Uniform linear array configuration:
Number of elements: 16
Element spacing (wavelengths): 1
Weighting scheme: blackman
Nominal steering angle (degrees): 60
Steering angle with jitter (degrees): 60.609
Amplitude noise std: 0.05
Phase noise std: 0.05

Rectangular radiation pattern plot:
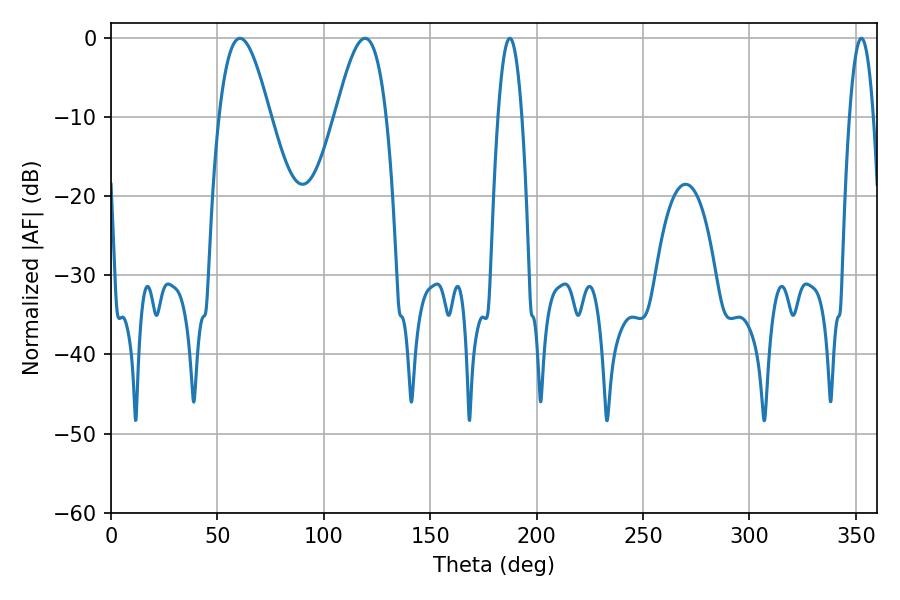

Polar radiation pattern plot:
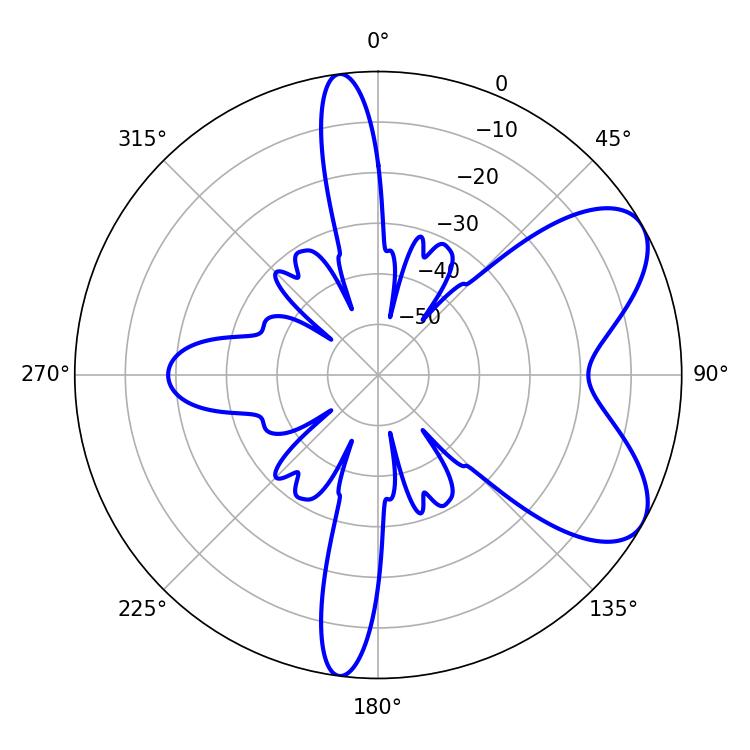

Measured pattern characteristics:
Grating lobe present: TRUE
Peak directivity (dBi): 6.916
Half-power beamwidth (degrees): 6.12
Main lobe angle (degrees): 187.38